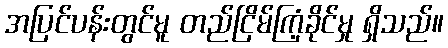
အပြင်ပန်းတွင်မူ တည်ငြိမ်ကြံ့ခိုင်မှု ရှိသည်။